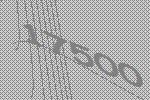
17500